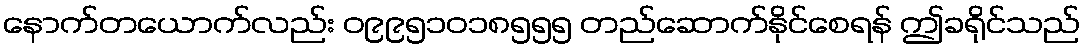
နောက်တယောက်လည်း ၀၉၉၅၁၀၁၈၅၅၅ တည်ဆောက်နိုင်စေရန် ဤခရိုင်သည်